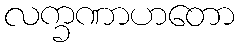
လက္ခဏာဟတော